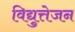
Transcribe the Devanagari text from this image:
विद्युत्तेजन